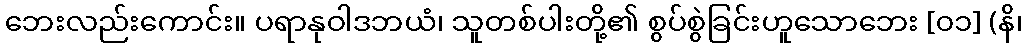
ဘေးလည်းကောင်း။ ပရာနုဝါဒဘယံ၊ သူတစ်ပါးတို့၏ စွပ်စွဲခြင်းဟူသောဘေး [၀၁] (နိ၊